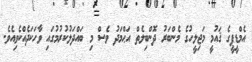
އެމްޑީޕީގެ ޤައުމީ މަޖިލީހުގެ މެންބަރު ދޮންބިލެތް އަޙްމަދު ވެސް މި ބައްދަލުކުރުމުގައި ވާހަކަދެއްކެވިއެވެ.